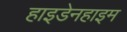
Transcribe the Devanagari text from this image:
हाइडेनहाइम